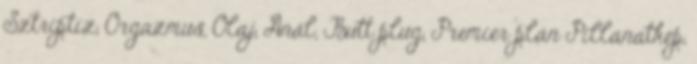
Sztriptíz, Orgazmus, Olaj, Anál, Butt plug, Premier plán Pillanatkép,